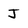
Character: J